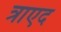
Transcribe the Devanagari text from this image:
त्राएद